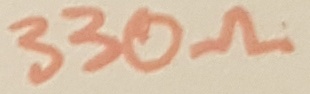
Text: 330Ω